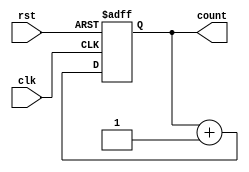
module binary_counter(
    input clk,
    input rst,
    output reg [3:0] count
);

always @(posedge clk or posedge rst) begin
    if (rst) begin
        count <= 4'b0000; // Reset counter to zero
    end else begin
        count <= count + 1; // Increment counter by one
    end
end

endmodule